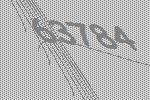
63784